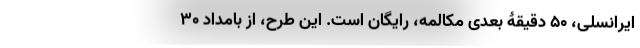
ایرانسلی، ۵۰ دقیقۀ بعدی مکالمه، رایگان است. این طرح، از بامداد ۳۰